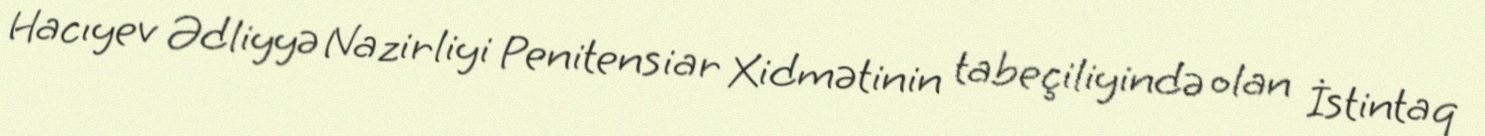
Hacıyev Ədliyyə Nazirliyi Penitensiar Xidmətinin tabeçiliyində olan İstintaq